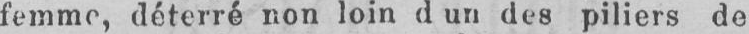
femme, déterré non loin d’un des piliers de